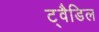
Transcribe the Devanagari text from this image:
ट्वैडिल